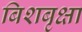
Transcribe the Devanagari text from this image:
बिशबृक्षा